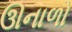
ઊનાળો